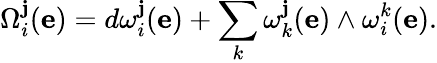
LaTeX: \Omega_{i}^{\mathbf{j}}(\mathbf{{e}})=d\omega_{i}^{\mathbf{j}}(\mathbf{{e}})+\sum_{k}\omega_{k}^{\mathbf{j}}(\mathbf{{e}})\wedge\omega_{i}^{k}(\mathbf{{e}}).